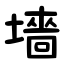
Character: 墻